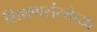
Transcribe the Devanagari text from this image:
शिक्षणसंस्थेच्या